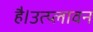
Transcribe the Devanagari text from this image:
है।उत्प्लावन